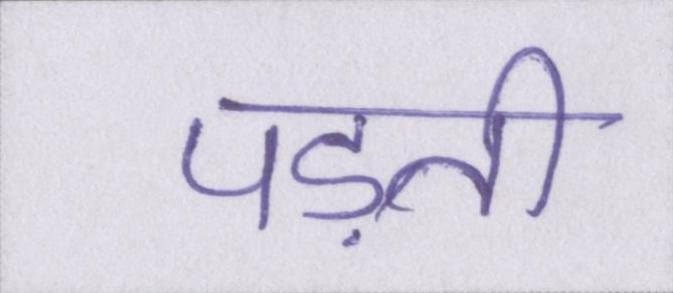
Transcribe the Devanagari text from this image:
पड़ती